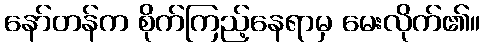
နော်တန်က စိုက်ကြည့်နေရာမှ မေးလိုက်၏။